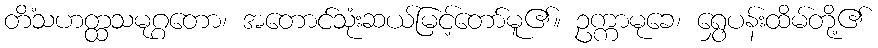
တိံသဟတ္ထသမုဂ္ဂတော၊ အတောင်သုံးဆယ်မြင့်တော်မူ၏။ ဥက္ကာမုခေ၊ ရွှေပန်းထိမ်တို့၏